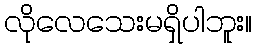
လိုလေသေးမရှိပါဘူး။